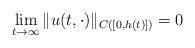
LaTeX: \begin{align*}\lim_{t\to\infty}\|u(t,\cdot)\|_{C([0,h(t)])}=0\end{align*}